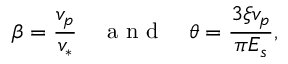
\beta = \frac { v _ { p } } { v _ { * } } \quad \mathrm { ~ a ~ n ~ d ~ } \quad \theta = \frac { 3 \xi v _ { p } } { \pi E _ { s } } ,